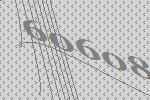
60608